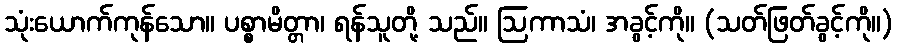
သုံးယောက်ကုန်သော။ ပစ္စာမိတ္တာ၊ ရန်သူတို့ သည်။ ဩကာသံ၊ အခွင့်ကို။ (သတ်ဖြတ်ခွင့်ကို။)